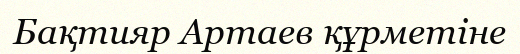
Бақтияр Артаев құрметіне